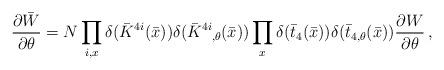
LaTeX: \begin{align*}{{\partial\bar{W}}\over{\partial\theta}}= N\prod_{i,x} \delta(\bar{K}^{4i}(\bar{x}))\delta(\bar{K}\raisebox{0.97ex}{\mbox{\scriptsize{$4i$}}}\raisebox{-0.36ex}{\mbox{\scriptsize{$,\!\theta$}}}(\bar{x}))\prod_{x} \delta(\bar{t}_{4}(\bar{x}))\delta(\bar{t}_{4,\theta}(\bar{x})){{\partial W}\over{\partial\theta}} \,,\end{align*}